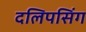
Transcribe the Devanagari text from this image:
दलिपसिंग